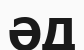
ӘД